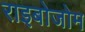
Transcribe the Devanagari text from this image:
राइबोजोम